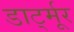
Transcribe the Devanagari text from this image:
डार्ट्मूर